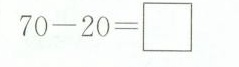
$$7 0 - 2 0 = \Box$$